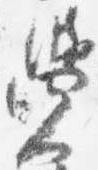
覚